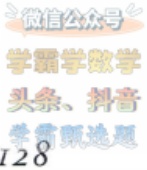
微信公众号
学霸数学
头条、抖音
等解题
128